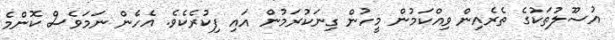
އުސޫލުތަކުގެ ތެރެއިން ވިއްކަމުން މީހުން ގިނަކުރަމުން އައި ފިކުރެކެވެ. އެހެން ނަމަވެސް ކޮންމެ